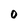
Character: 0